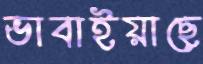
ভাবাইয়াছে